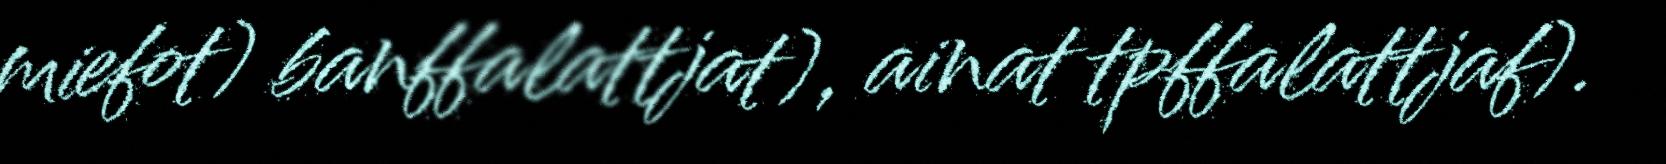
miefot) banffalattjat), ainat tpffalattjaf).